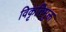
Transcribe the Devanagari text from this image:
विकृतिमुक्त